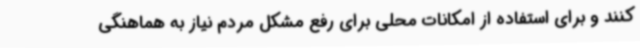
کنند و برای استفاده از امکانات محلی برای رفع مشکل مردم نیاز به هماهنگی